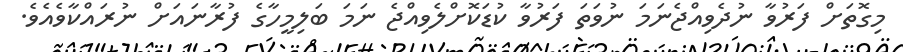
މިގޮތަށް ފަރުވާ ނުދެވިއްޖެނަމަ ނުވަތަ ފަރުވާ ކުޑަކޮށްލެވިއްޖެ ނަމަ ބަލިމީހާގެ ފުރާނައަށް ނުރައްކާވެއެވެ.